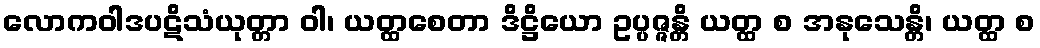
လောကဝါဒပဋိသံယုတ္တာ ဝါ၊ ယတ္ထစေတာ ဒိဋ္ဌိယော ဥပ္ပဇ္ဇန္တိ ယတ္ထ စ အနုသေန္တိ၊ ယတ္ထ စ